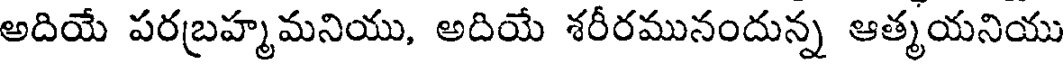
అదియే పరబ్రహ్మమనియు, అదియే శరీరమునందున్న ఆత్మయనియు